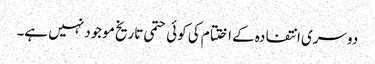
دوسری انتفادہ کے اختتام کی کوئی حتمی تاریخ موجود نہیں ہے۔